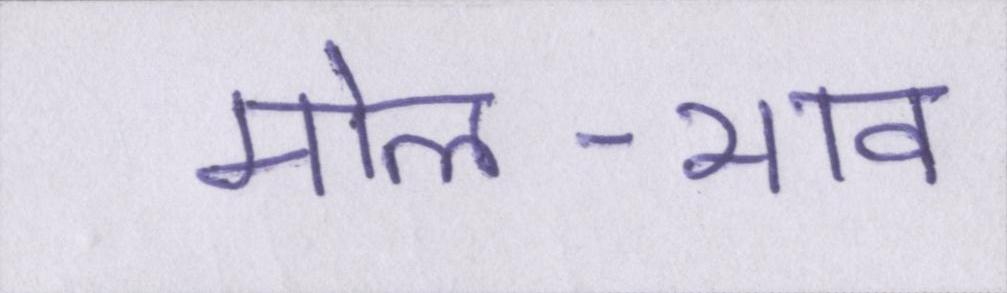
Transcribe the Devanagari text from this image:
मोल-भाव